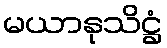
မယာနုသိဋ္ဌံ